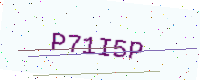
Text: P71I5P